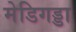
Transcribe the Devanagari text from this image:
मेडिगड्डा